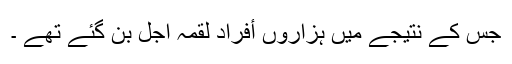
جس کے نتیجے میں ہزاروں أفراد لقمہ اجل بن گئے تھے ۔